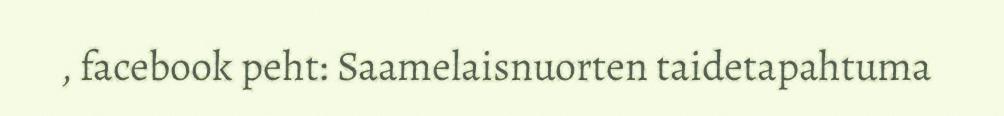
, facebook peht: Saamelaisnuorten taidetapahtuma